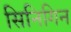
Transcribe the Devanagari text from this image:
सिनिगिन